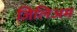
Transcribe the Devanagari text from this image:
जिलिअम